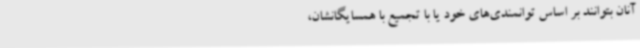
آنان بتوانند بر اساس توانمندی‌های خود یا با تجمیع با همسایگانشان،